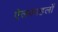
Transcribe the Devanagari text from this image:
ऐलकाहलों